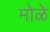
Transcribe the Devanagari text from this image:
मोळे